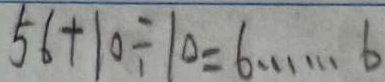
5 6 + 1 0 \div 1 0 = 6 \cdots 6